Report on the Civil Veterinary Department, Eastern Bengal and Assam - 1907-1911
Year: 1907
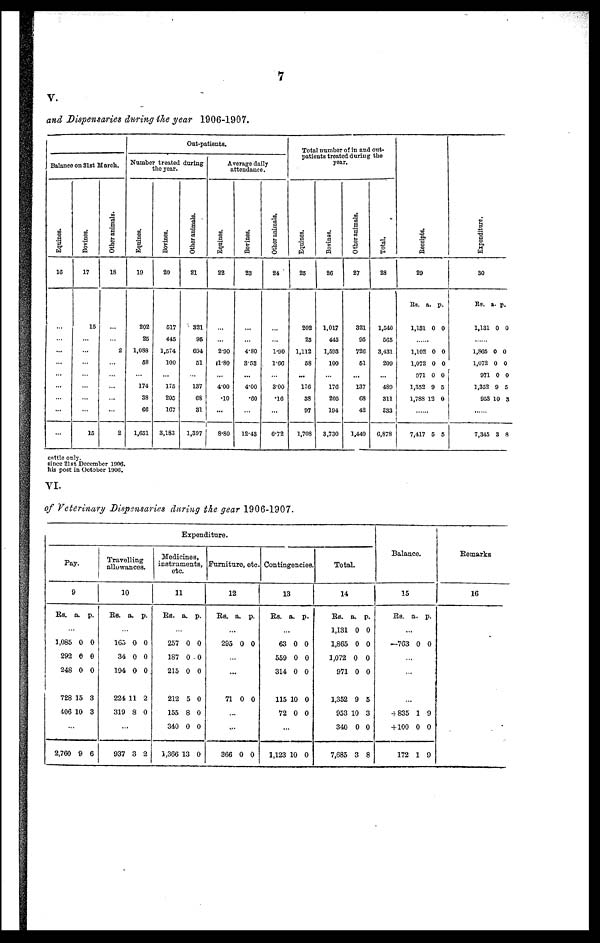
7
v.
and Dispensaries during the year 1906-1907.
Balance on 31st March.
Equines.
16
...
...
...
...
...
...
...
...
...
...
Bovines.
17
...
15
...
...
...
...
...
...
...
15
Other animals.
18
...
...
...
2
...
...
...
...
...
2
Out-patients.
Number treated during
the year.
Equines.
19
...
202
25
1,088
58
...
174
38
66
1,651
Bovines.
20
...
517
445
1,574
100
...
175
205
167
3,183
Other animals.
21
...
321
95
694
51
...
137
68
31
1,397
Average daily
attendance.
Equines.
22
...
...
...
2.90
11.80
...
4.00
.10
...
8.80
Bovines.
23
...
...
...
4.80
3.53
...
4.00
.60
...
12.43
Other animals.
24
...
...
...
1.90
1.66
...
3.00
.16
...
6.72
Total number of in and out-
patients treated during the
year.
Equines.
25
...
202
25
1,112
58
...
176
38
97
1,708
Bovines.
26
...
1,017
445
1,593
100
...
176
205
194
3,730
Other animals.
27
...
321
95
726
51
...
137
C8
42
1,440
Total.
28
...
1,540
565
3,431
209
...
489
311
333
6,878
Receipts.
29
Rs. a. p.
1,131 0 0
......
1,102 0 0
1,072 0 0
971 0 0
1,352 9 5
1,788 12 0
......
7,417 5 5
Expenditure.
30
Rs. a. p.
1,131 0 0
......
1,865 0 0
1,072 0 0
971 0 0
1,352 9 5
953 10 3
....
7,345 3 8
cuttle only.
since 21st December 1906.
his post in October 1906.
VI.
of Veterinary Dispensaries during the gear 1906-1907.
Pay.
9
Rs. a. p.
...
1,085 0 0
292 0 0
248 0 0
728 15 3
406 10 3
...
2,760 9 6
Travelling
allowances.
10
Rs. a. p.
...
165 0 0
34 0 0
194 0 0.
224 11 2
319 8 0
...
937 3 2
Expenditure.
Medicines,
instruments,
etc.
11
Rs. a. p.
...
257 0 0
187 0-0
215 0 0
212 5 0
155 8 0
340 0 0
1,366 13 0
Furniture, etc.
12
Rs. a. p.
...
295 0 0
...
71 0 0
...
366 0 0
Contingencies.
13
Rs. a. p.
...
63 0 0
559 0 0
314 0 0
115 10 0
72 0 0
...
1,123 10 0
Total.
14
Rs. a. p.
1,131 0 0
1,865 0 0
1,072 0 0
971 0 0
1,352 9 5
953 10 3
340 0 0
7,685 3 8
Balance.
15
Rs. a. p.
...
—763 0 0
...
...
...
835 1 9
+ 100 0 0
172 1 9
Remarks
16